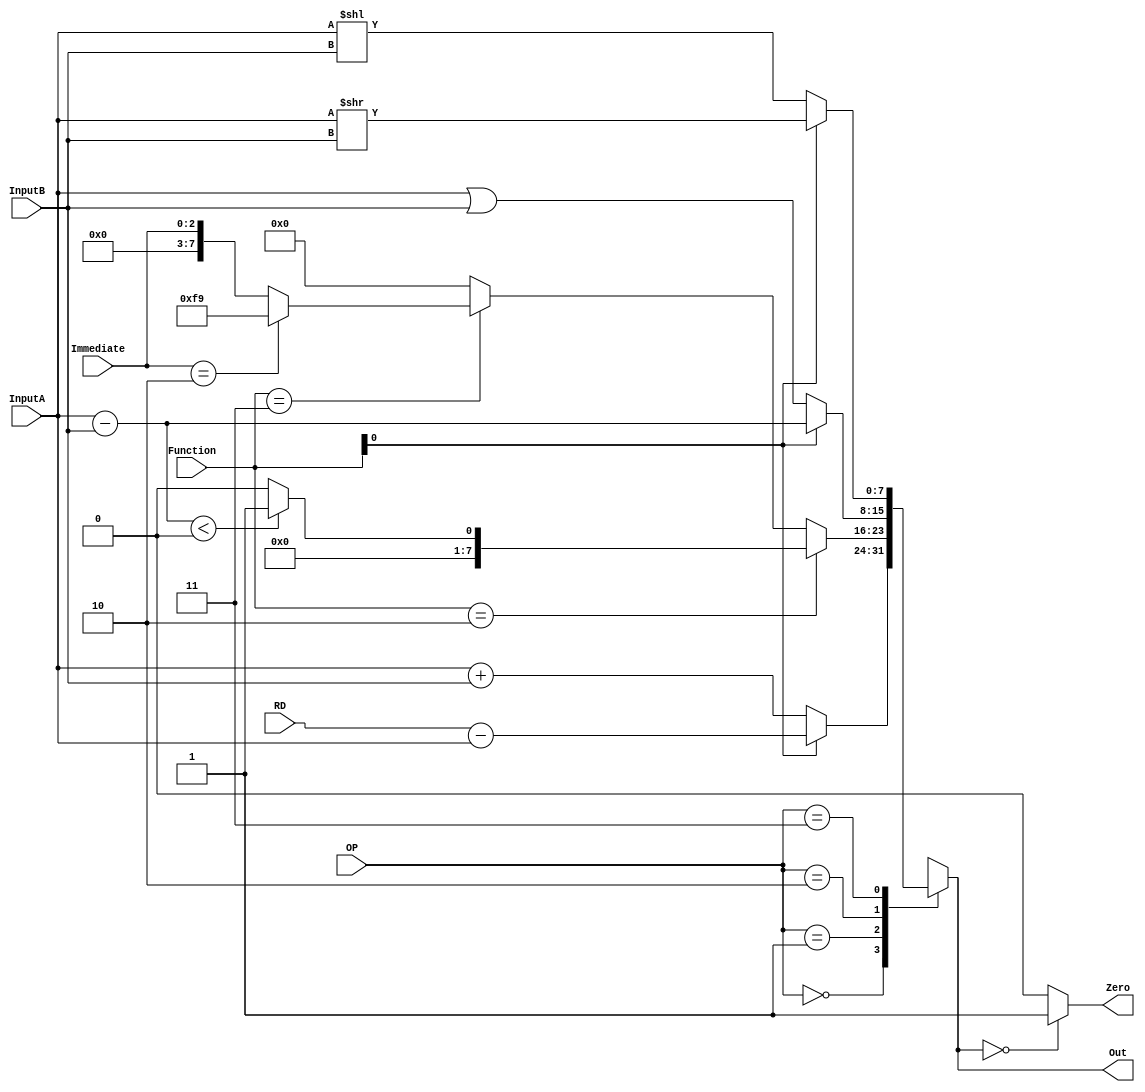
// Module Name:    ALU 
// Project Name:   CSE141L
//
// Revision Fall 2020
// Based on SystemVerilog source code provided by John Eldon
// Comment:
// 
	 
module ALU(InputA, InputB, RD, Immediate, OP, Function, Out, Zero);

	input [7:0] InputA;
	input [7:0] InputB;
	input [7:0] RD;
	input [2:0] Immediate; 
	input [1:0] OP;
	input [1:0] Function; //was [1:0]
	output reg [7:0] Out; // logic in SystemVerilog
	output reg Zero;

	/*
		    OP		Function
	Add    00	      00		A + B
	Beq	 00			01		A - B, if result == 0 then zero = 1
	
	SW		 01			00		N/A
	LW		 01			01		N/A 
	SLT 	 01			10		A - B, if result < 0 then out = 1
	Mv		 01			11		A + 0 	*might not use
	
	ORR    10			00 	A | B
	Sub	 10			01		A - B
	
	SLL	 11			00    A << B
	SRL	 11			01		A >> B
	*/
	
	always@* // always_comb in systemverilog
	begin 
		Out = 0;
		case (OP)
		2'b00:
					begin
					
						if(Function[0] == 1'b0) begin			//add
							Out = InputA + InputB;
						end
						
						else if(Function[0] == 1'b1) begin 	//beq
							Out = RD - InputA;		
						end
						
					end
		2'b01: 
					begin
						
						if(Function == 2'b10) begin 			// slt
							Out = InputA - InputB;
							if(Out < 0)
								Out = 1;
							else
								Out = 0;
						end
						
						else if(Function == 2'b11)				// mv
							if(Immediate == 3'b010) begin
								Out = -7;
							end 
							
							else begin
								Out = Immediate;
							end
							
					end
		2'b10: 
					begin
						if(Function[0] == 1'b0)					// orr
							Out = InputA | InputB;
							
						else if(Function[0] == 1'b1)			// sub
							Out = InputA - InputB;
					end
				
		2'b11: 
					begin
						if(Function[0] == 1'b0)					// sll
							Out = InputA << InputB;
							
						else if(Function[0] == 1'b1)			// srl
							Out = InputA >> InputB;
					end				
	  endcase
	
	end 

	always@*							  // assign Zero = !Out;
	begin
		case(Out)
			'b0     : Zero = 1'b1;
			default : Zero = 1'b0;
      endcase
	end


endmodule